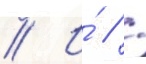
// И́ // /